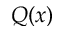
Q ( x )